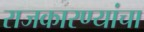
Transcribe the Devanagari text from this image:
राजकारण्यांचा